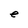
Character: e